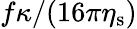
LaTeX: f\kappa/(16\pi\eta_{\mathrm{s}})